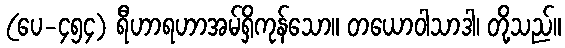
(ပေ-၄၅၄) ရီဟာရဟာအမ်ရှိကုန်သော။ တယောဝါသာဒါ၊ တို့သည်။